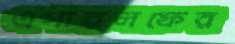
এগারলফের